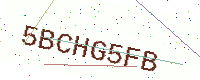
Text: 5BCHG5FB